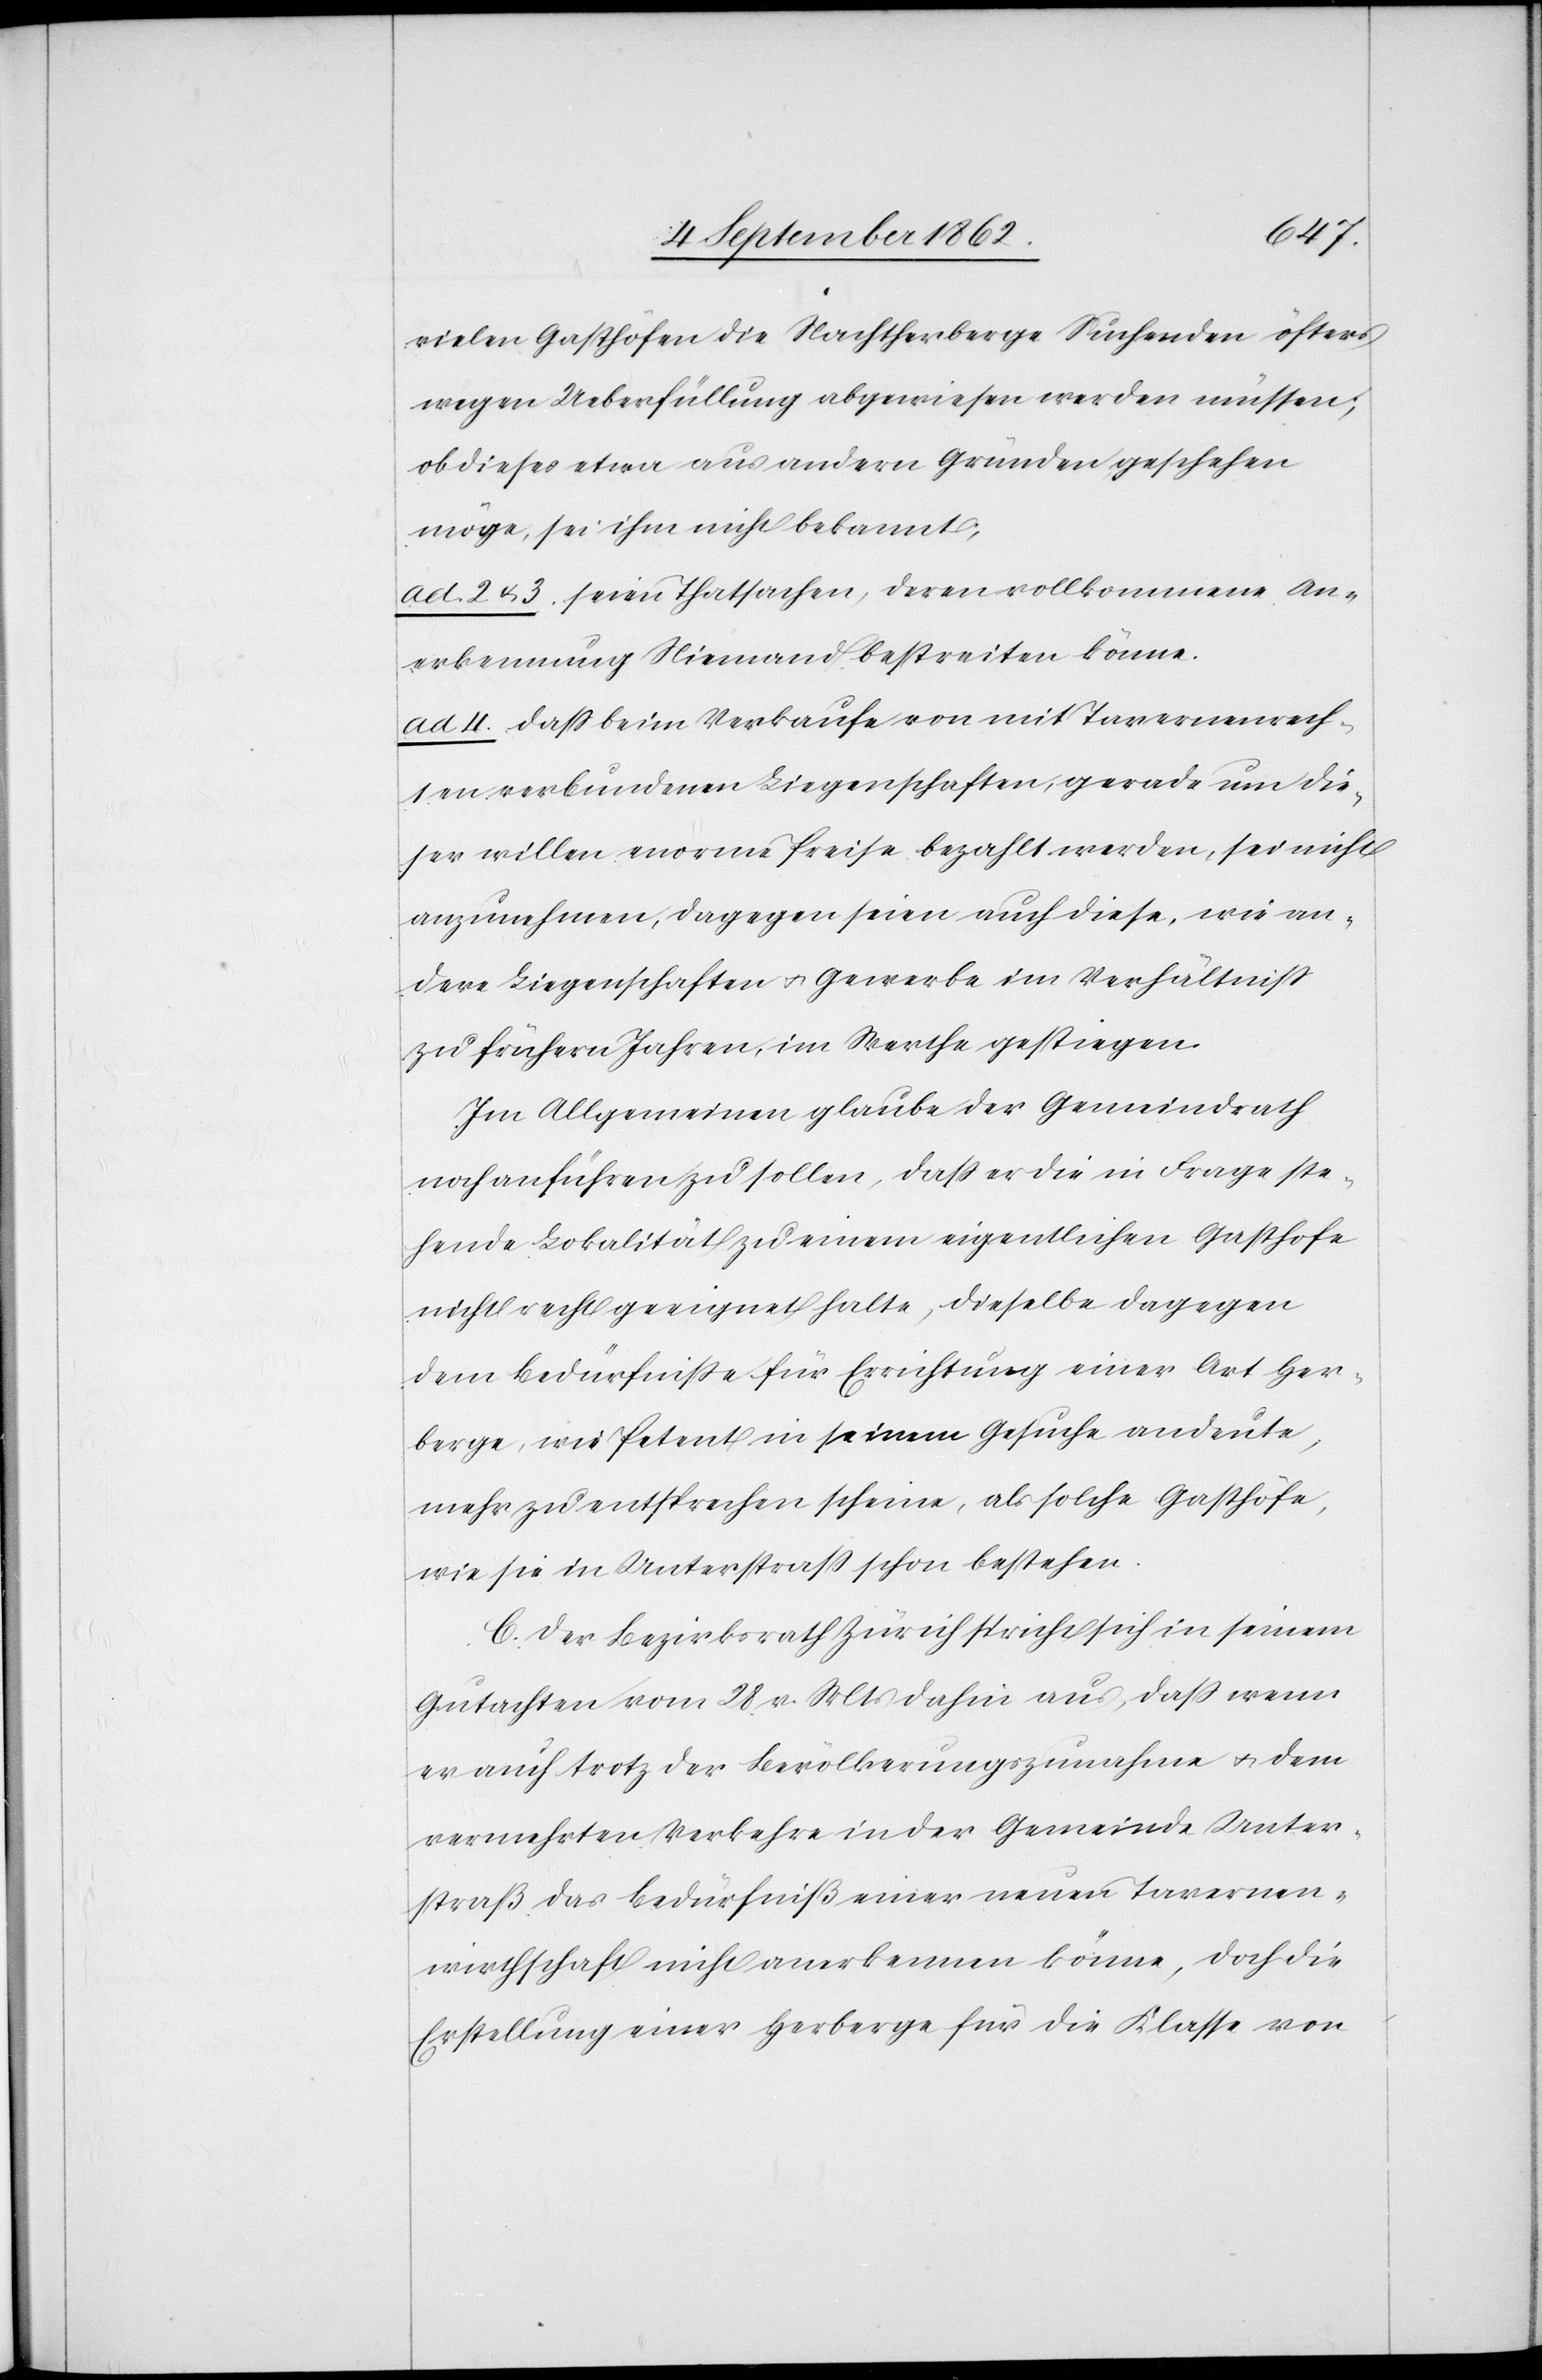
vielen Gasthöfen die Nachtherberge Suchenden öfters
wegen Ueberfüllung abgewiesen werden müssen;
ob dieses etwa aus andern Gründen geschehen
möge, sei ihm nicht bekannt;
ad 2 u. 3 seien Thatsachen, deren vollkommene An¬
erkennung Niemand bestreiten könne.
ad. 4 daß beim Verkaufe von mit Tavernenrech¬
ten verbundenen Liegenschaften, gerade um die¬
ser willen enorme Preise bezahlt werden, sei nicht
anzunehmen, dagegen seien auch diese, wie an¬
dere Liegenschaften u. Gewerbe im Verhältniß
zu frühern Jahren, im Werthe gestiegen.
Im Allgemeinen glaube der Gemeindrath
noch anführen zu sollen, daß er die in Frage ste¬
hende Lokalität zu einem eigentlichen Gasthofe
nicht recht geeignet halte, dieselbe dagegen
dem Bedürfniße für Errichtung einer Art Her¬
berge, wie Petent in seinem Gesuche andeute,
mehr zu entsprechen scheine, als solche Gasthöfe,
wie sie in Unterstraß schon bestehen.
C. Der Bezirksrath Zürich spricht sich in seinem
Gutachten vom 28. v. Mts. dahin aus, daß wenn
er auch trotz der Bevölkerungszunahme u. dem
vermehrten Verkehre in der Gemeinde Unter¬
straß das Bedürfniß einer neuen Tavernen¬
wirthschaft nicht anerkennen könne, doch die
Erstellung einer Herberge für die Klasse von